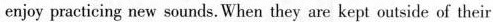
enjoy practicing new sounds. When they are kept outside of their